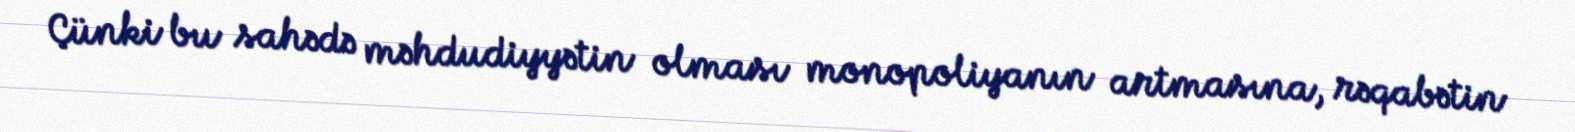
Çünki bu sahədə məhdudiyyətin olması monopoliyanın artmasına, rəqabətin